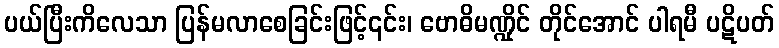
ပယ်ပြီးကိလေသာ ပြန်မလာစေခြင်းဖြင့်၎င်း၊ ဗောဓိမဏ္ဍိုင် တိုင်အောင် ပါရမီ ပဋိပတ်